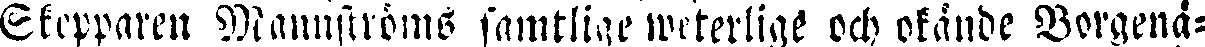
Skepparen Mannströms samtlige weterlige och okände Borgenå-